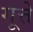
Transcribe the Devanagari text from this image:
गूत्ते